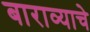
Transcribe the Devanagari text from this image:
बाराव्याचे